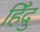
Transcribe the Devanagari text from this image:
हिँदु